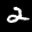
Label: 2